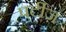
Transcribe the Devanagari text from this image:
पर्टीज़